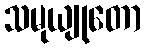
သမုယျုတော